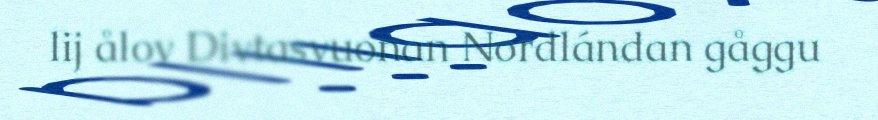
lij ålov Divtasvuonan Nordlándan gåggu